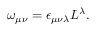
\omega _ { \mu \nu } = \epsilon _ { \mu \nu \lambda } { \cal L } ^ { \lambda } .